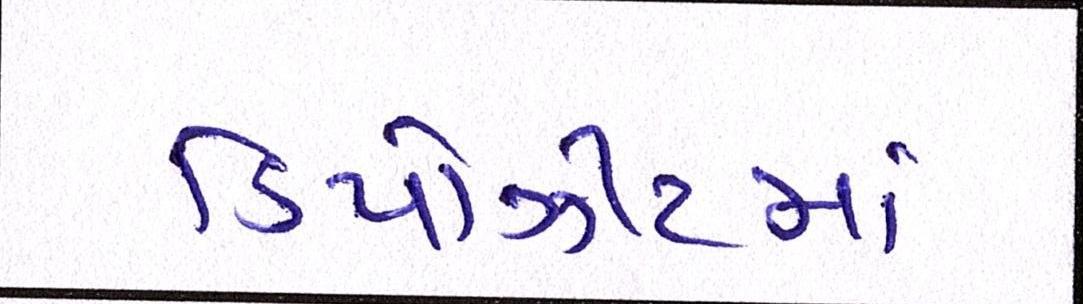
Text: ડિપોઝીટમાં